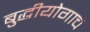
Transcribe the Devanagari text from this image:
बुद्धीयोगाचे